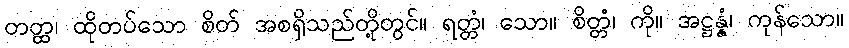
တတ္ထ၊ ထိုတပ်သော စိတ် အစရှိသည်တို့တွင်။ ရတ္တံ၊ သော။ စိတ္တံ၊ ကို။ အဋ္ဌန္နံ၊ ကုန်သော။